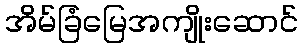
အိမ်ခြံမြေအကျိုးဆောင်